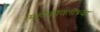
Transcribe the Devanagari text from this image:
महीकावतीच्या